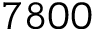
7 8 0 0